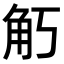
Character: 𧢵